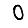
Digit: 0